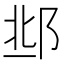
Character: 𨛆